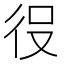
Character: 𭛠